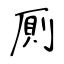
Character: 厠